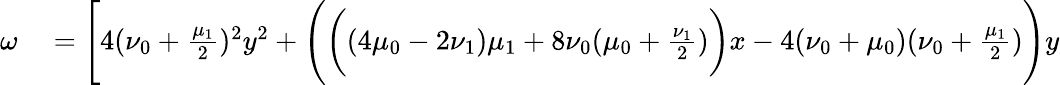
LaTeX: \begin{array}{rl}{\omega}&{{}=\Bigg[4(\nu_{0}+\frac{\mu_{1}}{2})^{2}y^{2}+\Bigg(\bigg((4\mu_{0}-2\nu_{1})\mu_{1}+8\nu_{0}(\mu_{0}+\frac{\nu_{1}}{2})\bigg)x-4(\nu_{0}+\mu_{0})(\nu_{0}+\frac{\mu_{1}}{2})\Bigg)y}\end{array}